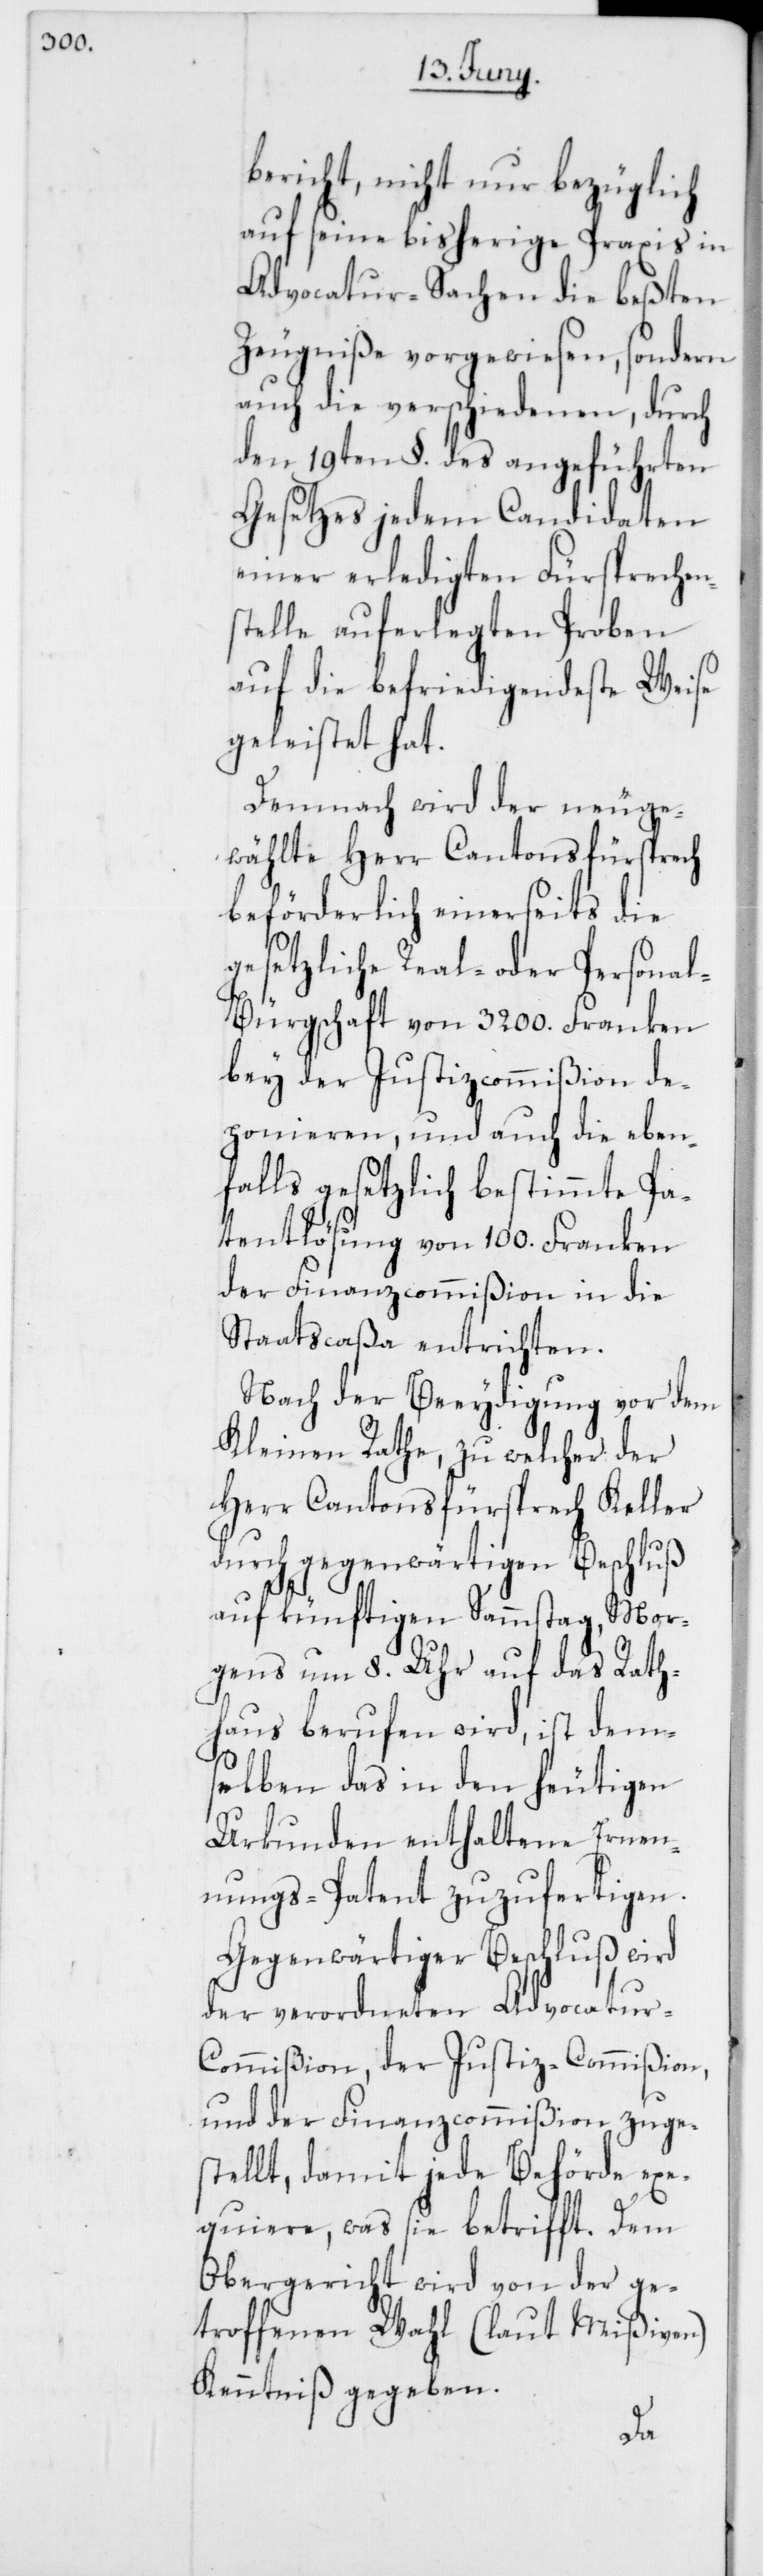
bericht, nicht nur bezüglich
auf seine bisherige Praxis in
Advocatur-Sachen die beßten
Zeugniße vorgewiesen, sondern
auch die verschiedenen, durch
den 19ten §. des angeführten
Gesetzes jedem Candidaten
einer erledigten Fürsprechen¬
stelle auferlegten Proben
auf die befriedigendeste Weise
geleistet hat.
Demnach wird der neuge¬
wählte Herr Cantonsfürsprech
beförderlich einerseits die
gesetzliche Real- oder Persona¬
l-Bürgschaft von 3200. Franken
bey der Justizcommißion de¬
ponieren, und auch die eben¬
falls gesetzlich bestimmte Pa¬
tentlösung von 100. Franken
der Finanzcommißion in die
Staatscaßa entrichten.
Nach der Beeydigung vor dem
Kleinen Rathe, zu welcher der
Herr Cantonsfürsprech Keller
durch gegenwärtigen Beschluß
auf künftigen Sammstag, Mor¬
gens um 8. Uhr auf das Rath¬
haus berufen wird, ist dem¬
selben das in den heutigen
Urkunden enthaltene Ernen¬
nungs-Patent zuzufertigen.
Gegenwärtiger Beschluß wird
der verordneten Advocatu¬
r-Commißion, der Justiz-Commißion
und der Finanzcommißion zuges¬
tellt, damit jede Behörde exe¬
quiere, was sie betrifft. Dem
Obergericht wird von der ge¬
troffenen Wahl (laut Mißiven)
Kenntniß gegeben.